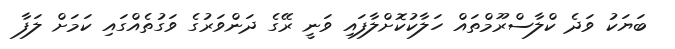
ބަޔަކު ވަދެ ކްލާސްރޫމްތައް ހަލާކުކޮށްލާފައި ވަނީ ރޭގެ ދަންވަރުގެ ވަގުތެއްގައި ކަމަށް ލަފާ